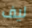
ليف